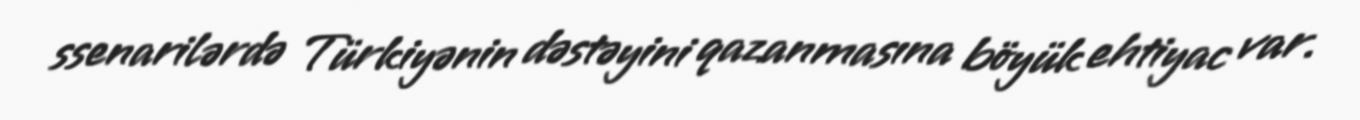
ssenarilərdə Türkiyənin dəstəyini qazanmasına böyük ehtiyac var.